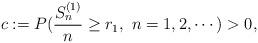
LaTeX: \begin{align*}c:=P(\frac{S^{(1)}_n}n\ge r_1,\ n=1,2,\cdots)>0,\end{align*}